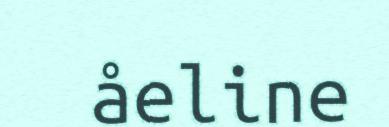
åeline